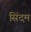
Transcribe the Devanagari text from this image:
सिंदम